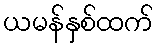
ယမန်နှစ်ထက်